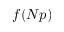
f ( N p )